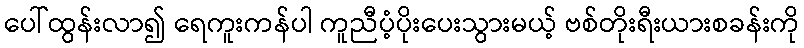
ပေါ်ထွန်းလာ၍ ရေကူးကန်ပါ ကူညီပံ့ပိုးပေးသွားမယ့် ဗစ်တိုးရီးယားစခန်းကို